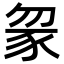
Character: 䝆